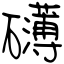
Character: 礴